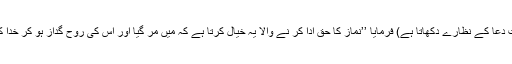
(یعنی اللہ تعالیٰ پھرقبولیتِ دعا کے نظارے دکھاتا ہے) فرمایا ’’نماز کا حق ادا کر نے والا یہ خیال کرتا ہے کہ مَیں مر گیا اور اس کی روح گداز ہو کر خدا کے آستانہ پر گرِپڑی ہے۔